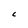
Character: C